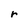
Character: r